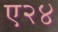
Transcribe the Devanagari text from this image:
ए२४